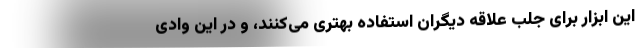
این ابزار برای جلب علاقه دیگران استفاده بهتری می‌کنند، و در این وادی